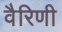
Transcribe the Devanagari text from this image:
वैरिणी